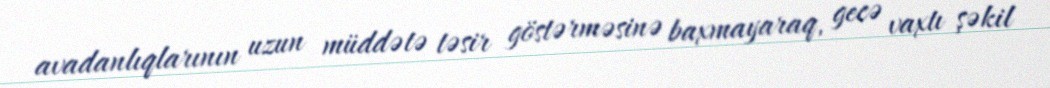
avadanlıqlarının uzun müddətə təsir göstərməsinə baxmayaraq, gecə vaxtı şəkil